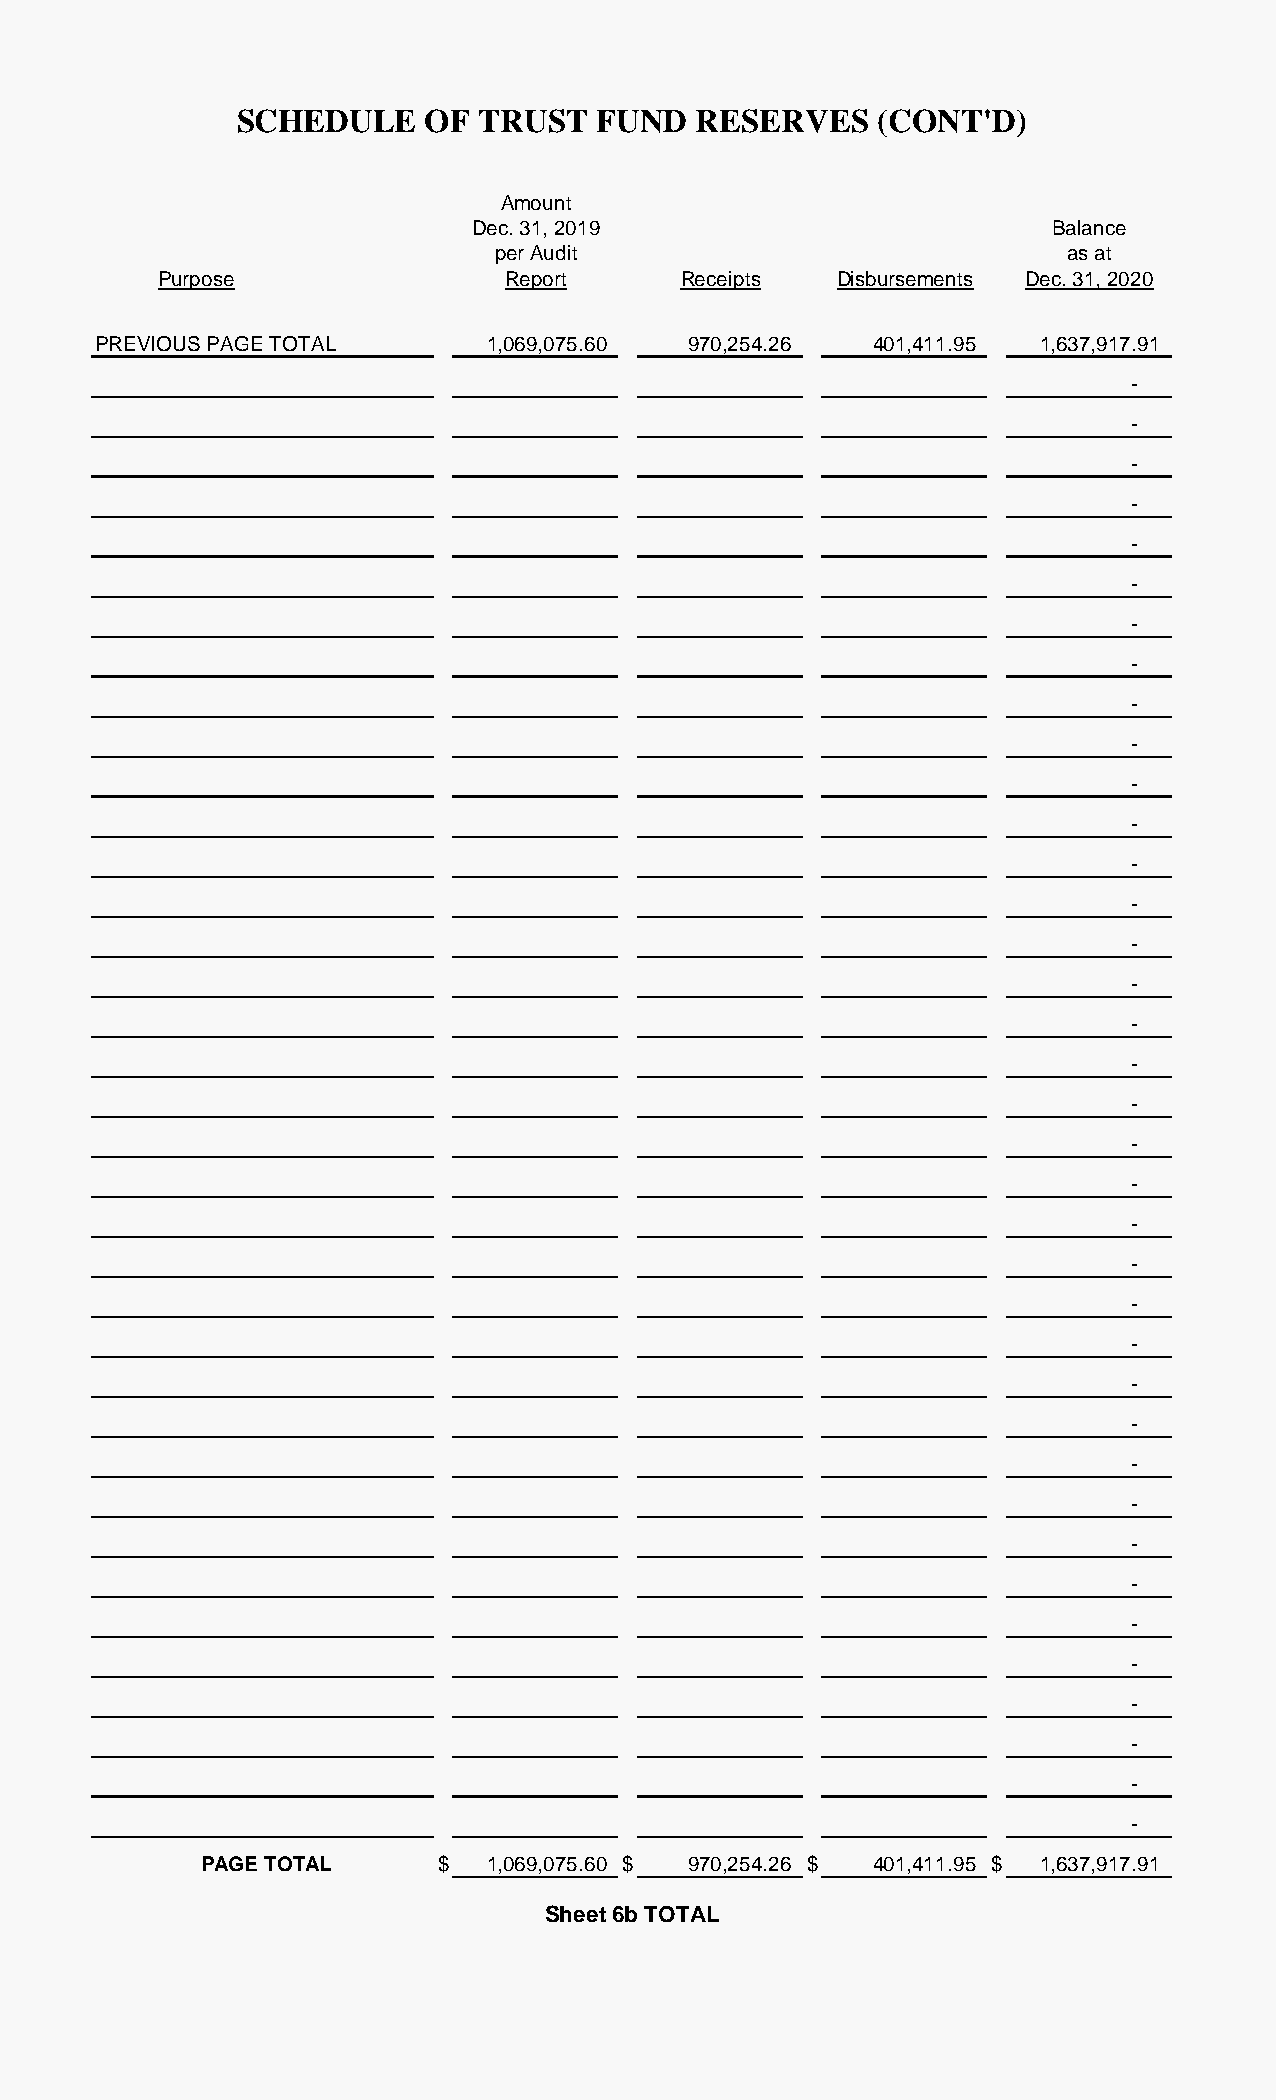
SCHEDULE     OF TRUST   FUND   RESERVES    (CONT'D)
 Amount
 Dec. 31, 2019                         Balance
 per Audit                             as at
 Purpose                Report      Receipts  Disbursements Dec. 31, 2020
 PREVIOUS PAGE TOTAL       1,069,075.60 970,254.26  401,411.95 1,637,917.91
 -
 -
 -
 -
 -
 -
 -
 -
 -
 -
 -
 -
 -
 -
 -
 -
 -
 -
 -
 -
 -
 -
 -
 -
 -
 -
 -
 -
 -
 -
 -
 -
 -
 -
 -
 -
 -
 PAGE TOTAL      $  1,069,075.60 $ 970,254.26 $ 401,411.95 $ 1,637,917.91
 Sheet 6b TOTAL